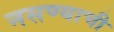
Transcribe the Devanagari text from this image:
नसण्याची